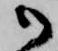
御